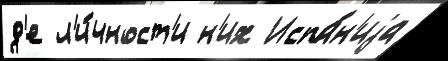
д'е л'и́чност'и н'их Испа́н'иjа